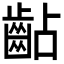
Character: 𪗦